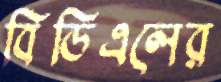
বিডিএলের